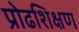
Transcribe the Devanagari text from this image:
प्रोढशिक्षण